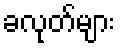
ခလုတ်များ